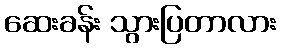
ဆေးခန်း သွားပြတာလား